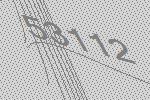
53112